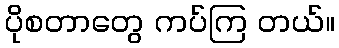
ပိုစတာတွေ ကပ်ကြ တယ်။